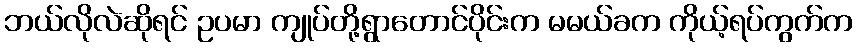
ဘယ်လိုလဲဆိုရင် ဥပမာ ကျုပ်တို့ရွာတောင်ပိုင်းက မမယ်ခက ကိုယ့်ရပ်ကွက်က